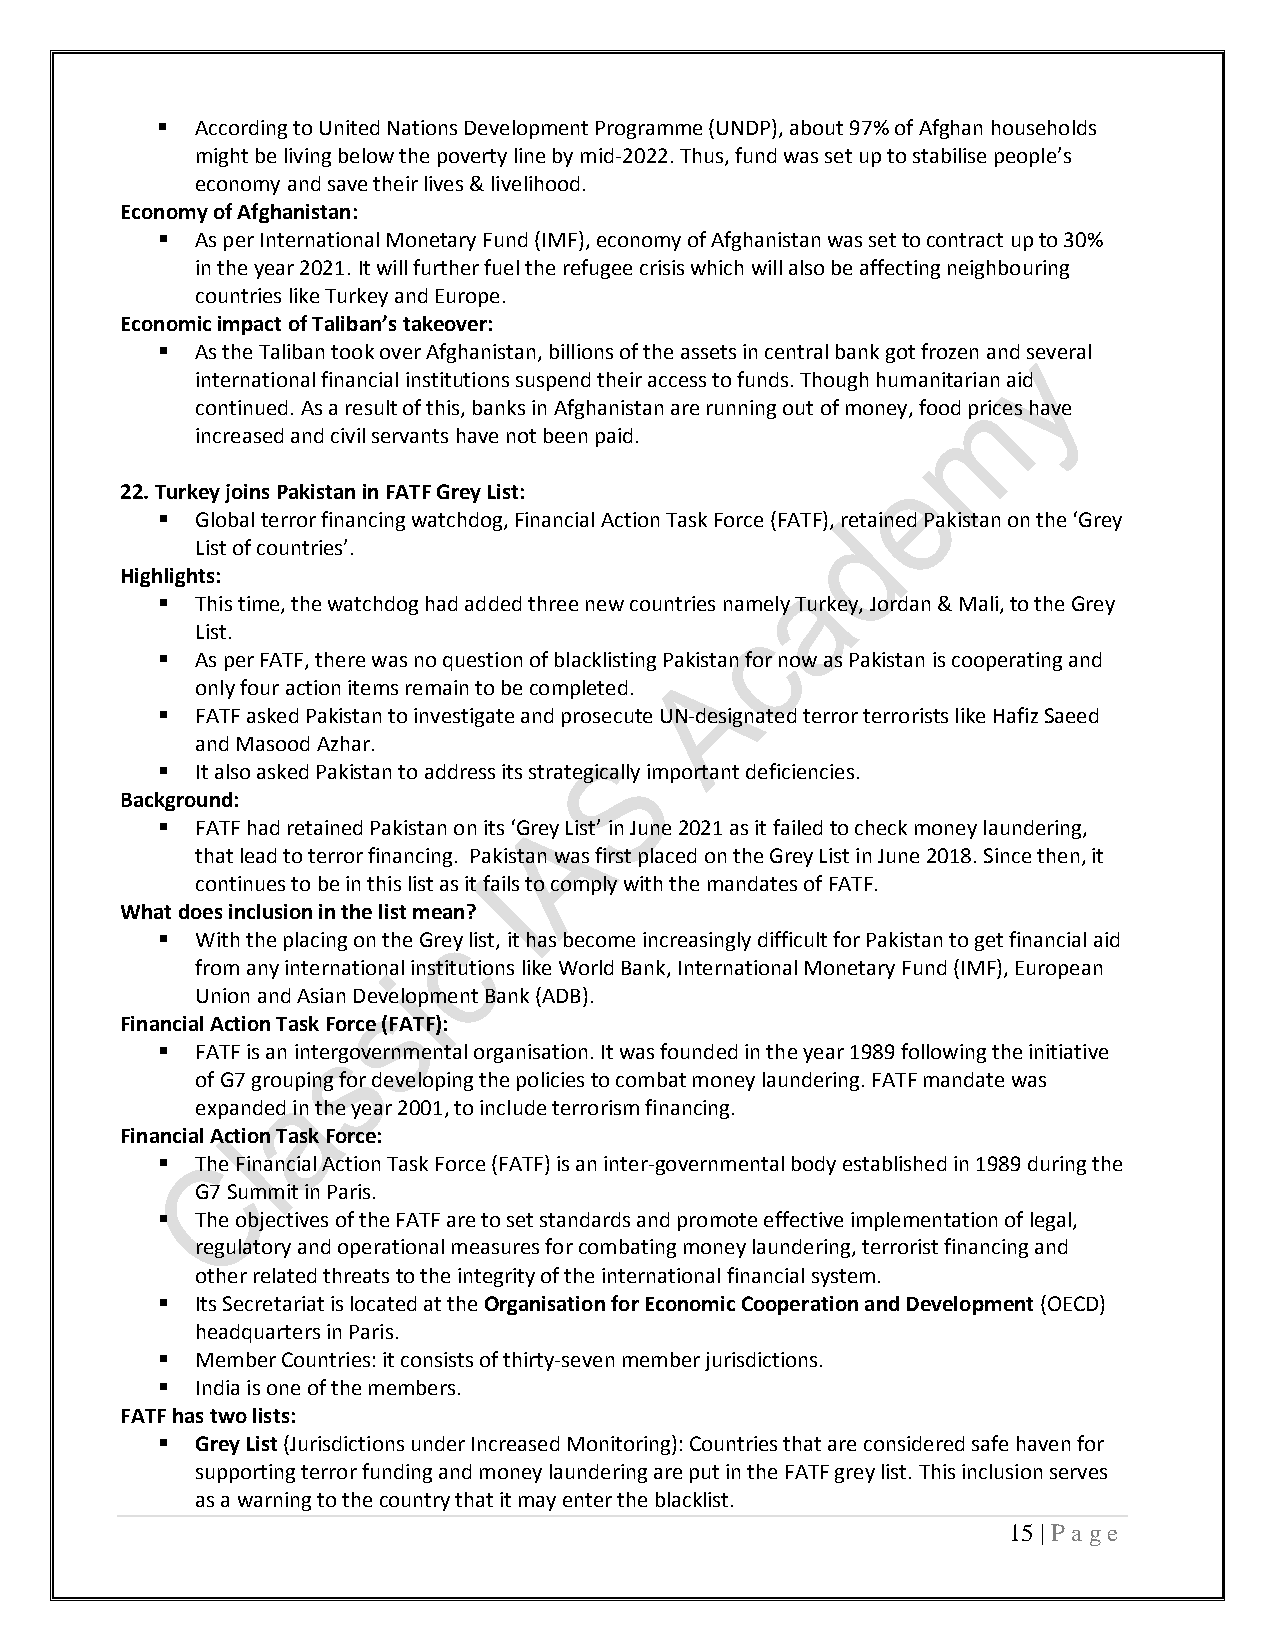
  According to United Nations Development Programme (UNDP), about 97% of Afghan households
 might be living below the poverty line by mid-2022. Thus, fund was set up to stabilise people’s
 economy and save their lives & livelihood.
 Economy of Afghanistan:
   As per International Monetary Fund (IMF), economy of Afghanistan was set to contract up to 30%
 in the year 2021. It will further fuel the refugee crisis which will also be affecting neighbouring
 countries like Turkey and Europe.
 Economic impact of Taliban’s takeover:
   As the Taliban took over Afghanistan, billions of the assets in central bank got frozen and several
 international financial institutions suspend their access to funds. Though humanitarian aid
 continued. As a result of this, banks in Afghanistan are running out of money, food prices have
 increased and civil servants have not been paid.
 22. Turkey joins Pakistan in FATF Grey List:
   Global terror financing watchdog, Financial Action Task Force (FATF), retained Pakistan on the ‘Grey
 List of countries’.
 Highlights:
   This time, the watchdog had added three new countries namely Turkey, Jordan & Mali, to the Grey
 List.
   As per FATF, there was no question of blacklisting Pakistan for now as Pakistan is cooperating and
 only four action items remain to be completed.
   FATF asked Pakistan to investigate and prosecute UN-designated terror terrorists like Hafiz Saeed
 and Masood Azhar.
   It also asked Pakistan to address its strategically important deficiencies.
 Background:
   FATF had retained Pakistan on its ‘Grey List’ in June 2021 as it failed to check money laundering,
 that lead to terror financing. Pakistan was first placed on the Grey List in June 2018. Since then, it
 continues to be in this list as it fails to comply with the mandates of FATF.
 What does inclusion in the list mean?
   With the placing on the Grey list, it has become increasingly difficult for Pakistan to get financial aid
 from any international institutions like World Bank, International Monetary Fund (IMF), European
 Union and Asian Development Bank (ADB).
 Financial Action Task Force (FATF):
   FATF is an intergovernmental organisation. It was founded in the year 1989 following the initiative
 of G7 grouping for developing the policies to combat money laundering. FATF mandate was
 expanded in the year 2001, to include terrorism financing.
 Financial Action Task Force:
   The Financial Action Task Force (FATF) is an inter-governmental body established in 1989 during the
 G7 Summit in Paris.
   The objectives of the FATF are to set standards and promote effective implementation of legal,
 regulatory and operational measures for combating money laundering, terrorist financing and
 other related threats to the integrity of the international financial system.
   Its Secretariat is located at the Organisation for Economic Cooperation and Development (OECD)
 headquarters in Paris.
   Member Countries: it consists of thirty-seven member jurisdictions.
   India is one of the members.
 FATF has two lists:
   Grey List (Jurisdictions under Increased Monitoring): Countries that are considered safe haven for
 supporting terror funding and money laundering are put in the FATF grey list. This inclusion serves
 as a warning to the country that it may enter the blacklist.
 15 | P a ge